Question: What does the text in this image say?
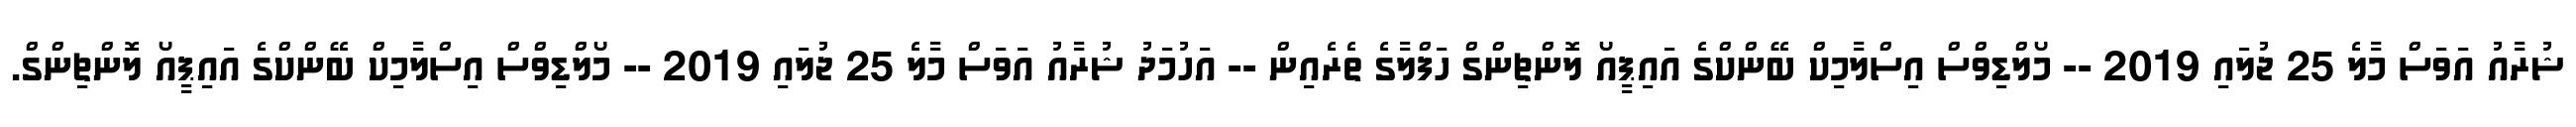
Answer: ޝުރާއު އަވަސް މާލެ 25 ޖުލައި 2019 -- މޯލްޑިވްސް އިސްލާމިކް ބޭންކްގެ އައިޕީއޯ ލޮންޗިންގް ހަފްލާގެ ތެރެއިން -- އަހުމަދު ޝުރާއު އަވަސް މާލެ 25 ޖުލައި 2019 -- މޯލްޑިވްސް އިސްލާމިކް ބޭންކްގެ އައިޕީއޯ ލޮންޗިންގް.